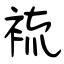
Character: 裗